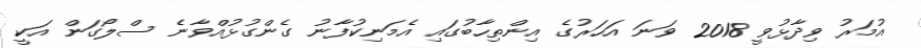
އުމަރު ވިދާޅުވީ 2018 ވަނަ އަހަރުގެ އިންތިހާބުގައި އެމަނިކުފާނު ގެންގުޅުއްވާނެ ސްލޯގަން އަކީ